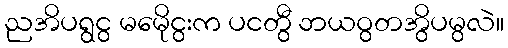
ညအိပရွငွ မမေိုငွးက ပငတွီ ဘယဝွတအွိပမွလဲ။